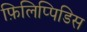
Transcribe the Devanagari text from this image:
फ़िलिप्पिडिस